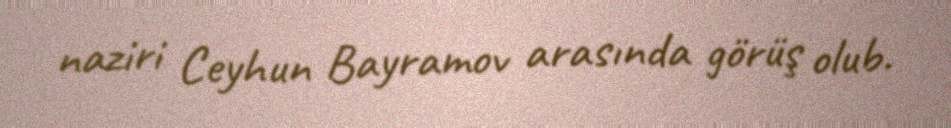
naziri Ceyhun Bayramov arasında görüş olub.